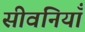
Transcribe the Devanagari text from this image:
सीवनियाँ